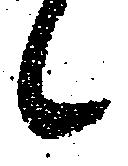
々